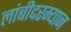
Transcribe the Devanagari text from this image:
लांबीदरम्यान